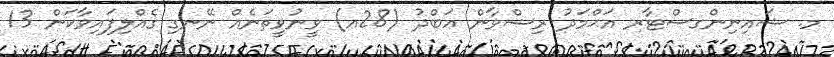
މ. ޝައިނިންގސްޓާރ އަޙްމަދު ރިޟްވާން ޢަބްދު (28އ) ވީނުވީތަނެއް ނޭނގި ގެއްލިފައިވާކަން 13